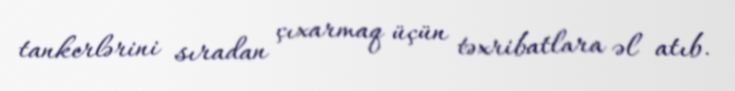
tankerlərini sıradan çıxarmaq üçün təxribatlara əl atıb.